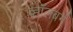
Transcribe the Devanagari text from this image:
व्हाॅलबर्ग